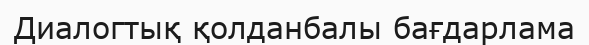
Диалогтық қолданбалы бағдарлама